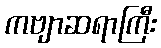
ကဗျာဆရာကြီး